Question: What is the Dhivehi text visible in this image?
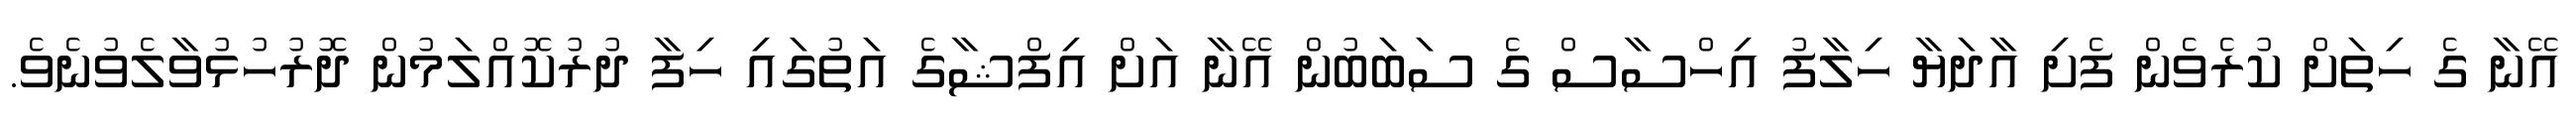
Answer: އޭނާ ގެ ހިތަށް ކުރެވެން ފެށި އާދަޔާ ހިލާފު އިހްސާސް ގެ ސަބަބުން އޭނާ އަށް އިފްޝާގެ އަތުގައި ހިފާ ދުރުކޮއްލަމުން ދޮރުހުޅުވާލެވުނެވެ.